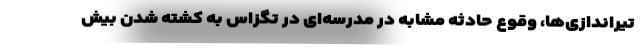
تیراندازی‌ها، وقوع حادثه مشابه در مدرسه‌ای در تگزاس به کشته شدن بیش